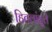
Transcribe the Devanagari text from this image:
हितलांतूले